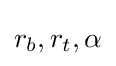
r_{b},r_{t},\alpha